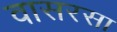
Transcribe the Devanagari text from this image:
वासरसा